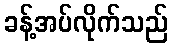
ခန့်အပ်လိုက်သည်